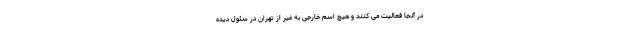
در آنجا فعالیت می کنند و هیچ اسم خارجی به غیر از تهران در سئول دیده